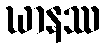
ဃာနဿ